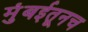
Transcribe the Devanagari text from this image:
मुंबईतूनच